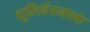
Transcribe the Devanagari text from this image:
धूलिवंदनाला